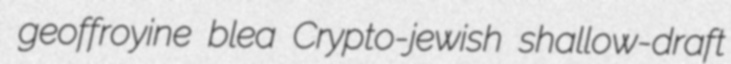
geoffroyine blea Crypto-jewish shallow-draft